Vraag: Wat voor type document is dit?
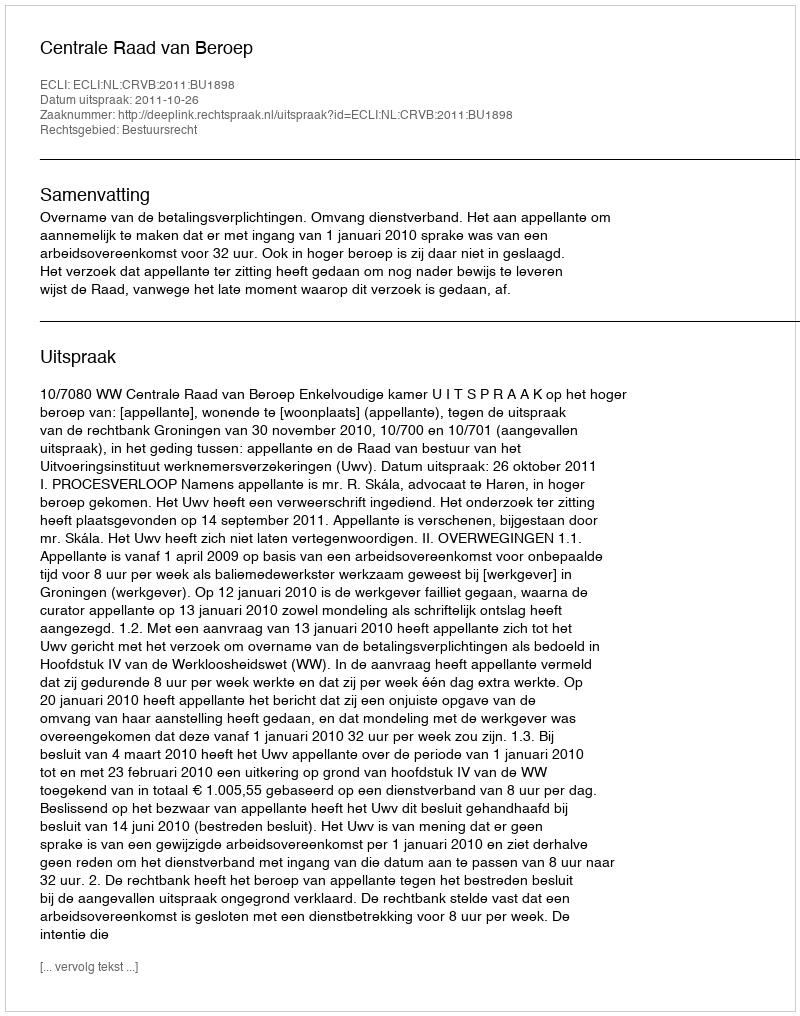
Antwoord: Uitspraak